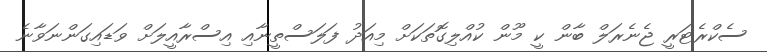
ސެކްރެޓަރީ ޖެނެރަލް ބާން ކީ މޫން ކުއްލިގޮތަކަށް މިއަދު ފަލަސްތީނާއި އިސްރާއީލަށް ވަޑައިގަންނަވާނެ